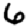
Digit: 6